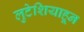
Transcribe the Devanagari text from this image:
लुटेशियाहून